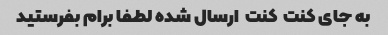
به جای کنت  کنت  ارسال شده لطفا برام بفرستید